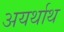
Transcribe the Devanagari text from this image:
अयर्थाथ